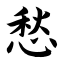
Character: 愁